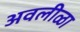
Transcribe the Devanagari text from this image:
अवलीळा